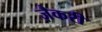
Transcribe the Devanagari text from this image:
ज़ैकरी